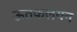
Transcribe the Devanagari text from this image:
ऊतकलयन